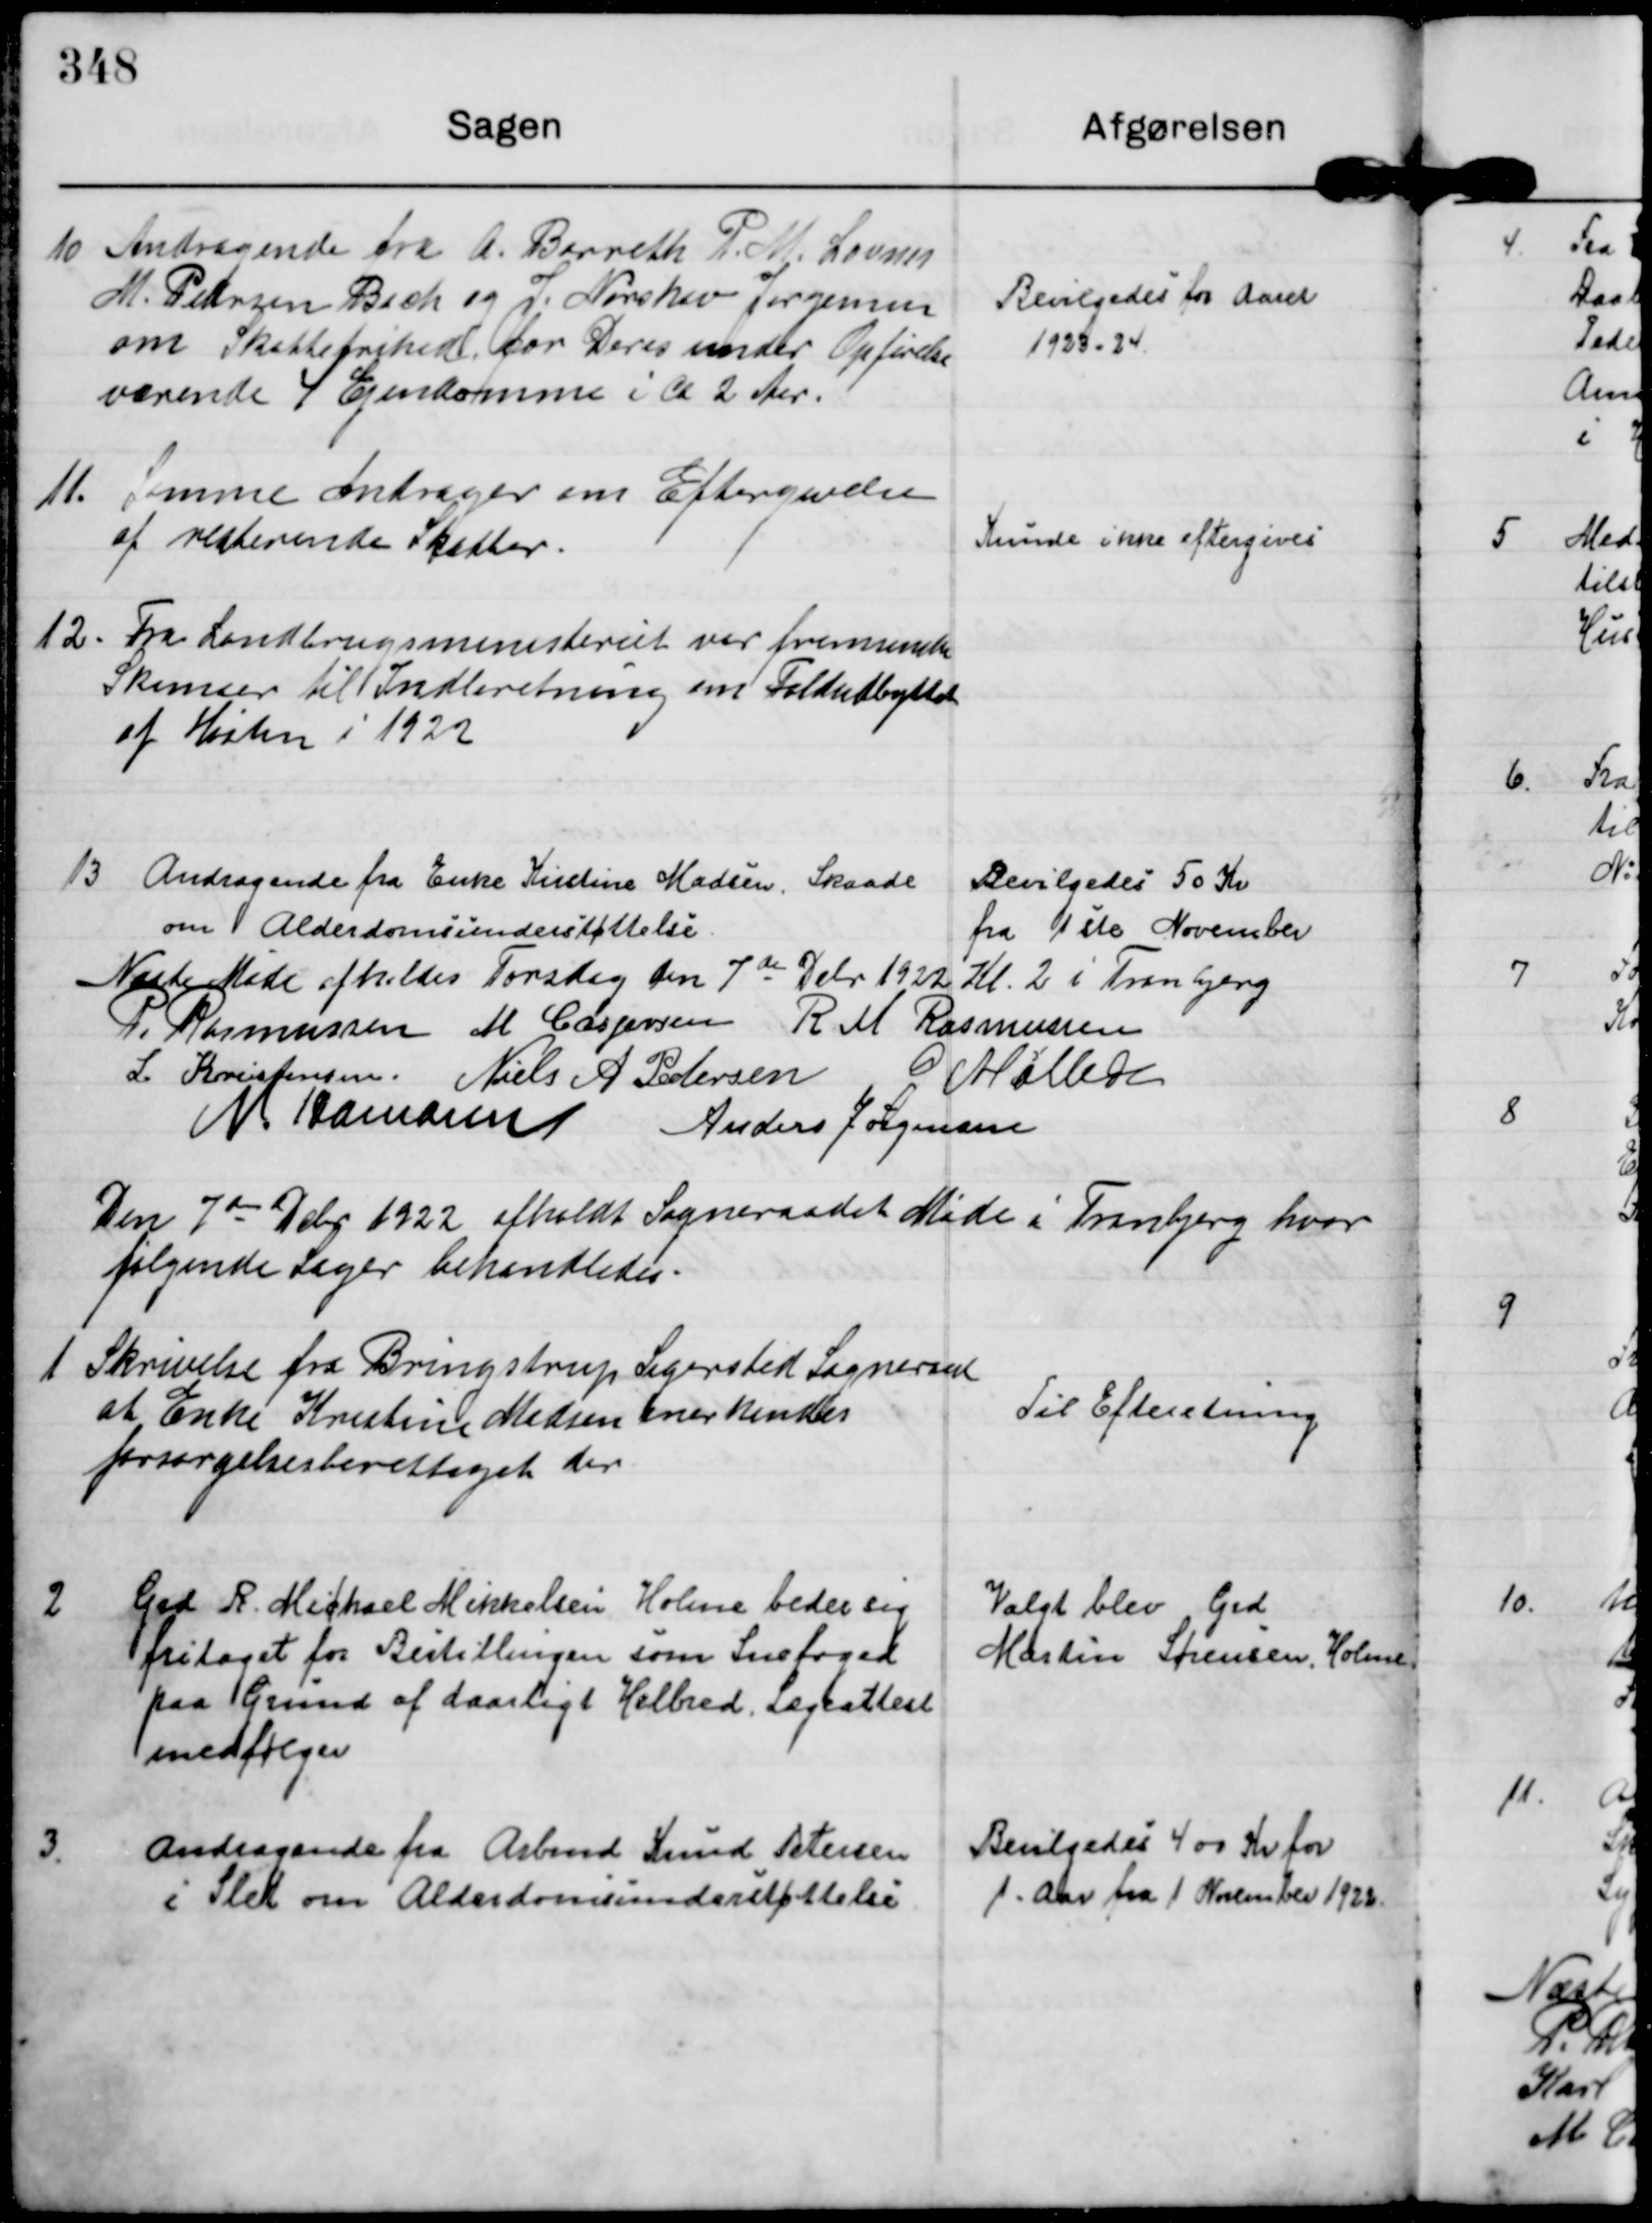
Transskription:
10 Andragende fra A. Barreth P. M. Lavsen
M. Petersen Bach og J. Nørskov Jørgensen
om Skattefrihed for Deres under Opførelse
værende 4 Ejendomme i ca 2 Aar.

Bevilgedes for Aaret
1923-24.

11. Samme andrager om Eftergivelse
af resterende Skatter.

Kunde ikke eftergives

12. Fra Landbrugsministeriet var fremsendte
Skemaer til Indberetning om Foldudbyttet
af Høsten i 1922

13 Andragende fra Enke Kirstine Madsen, Skaade
om Alderdomsunderstøttelse.

Bevilgedes 50 Kr
fra 1ste November

Næste Møde afholdes Torsdag den 7de Debr 1922 Kl. 2 i Tranbjerg

P. Rasmussen

M Caspersen

R M Rasmussen

L. Kristensen.

Niels A Pedersen

G Møller

N Hamann

Anders Jørgensen

Den 7de Debr 1922 afholdt Sogneraadet Møde i Tranbjerg hvor
følgende Sager behandledes.

1 Skrivelse fra Bringstrup Sigersted Sogneraad
at Enke Kristine Madsen anerkendes
forsørgelsesberettiget der

Til Efteretning

2 Grd R. Michael Mikkelsen Holme beder sig
fritaget for Bestillingen som Snefoged
paa Grund af daarligt Helbred. Lægeattest
medfølger

Valgt blev Grd.
Martin Sørensen, Holme

3.
Andragende fra Arbmd Knud Petersen
i Slet om Alderdomsunderstøttelse

Bevilgedes 400 Kr for
1. Aar fra 1 November 1923